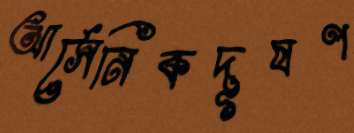
আর্সেনিকদূষণ